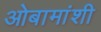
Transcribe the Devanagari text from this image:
ओबामांशी